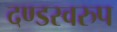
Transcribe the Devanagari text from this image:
दण्डस्वरुप